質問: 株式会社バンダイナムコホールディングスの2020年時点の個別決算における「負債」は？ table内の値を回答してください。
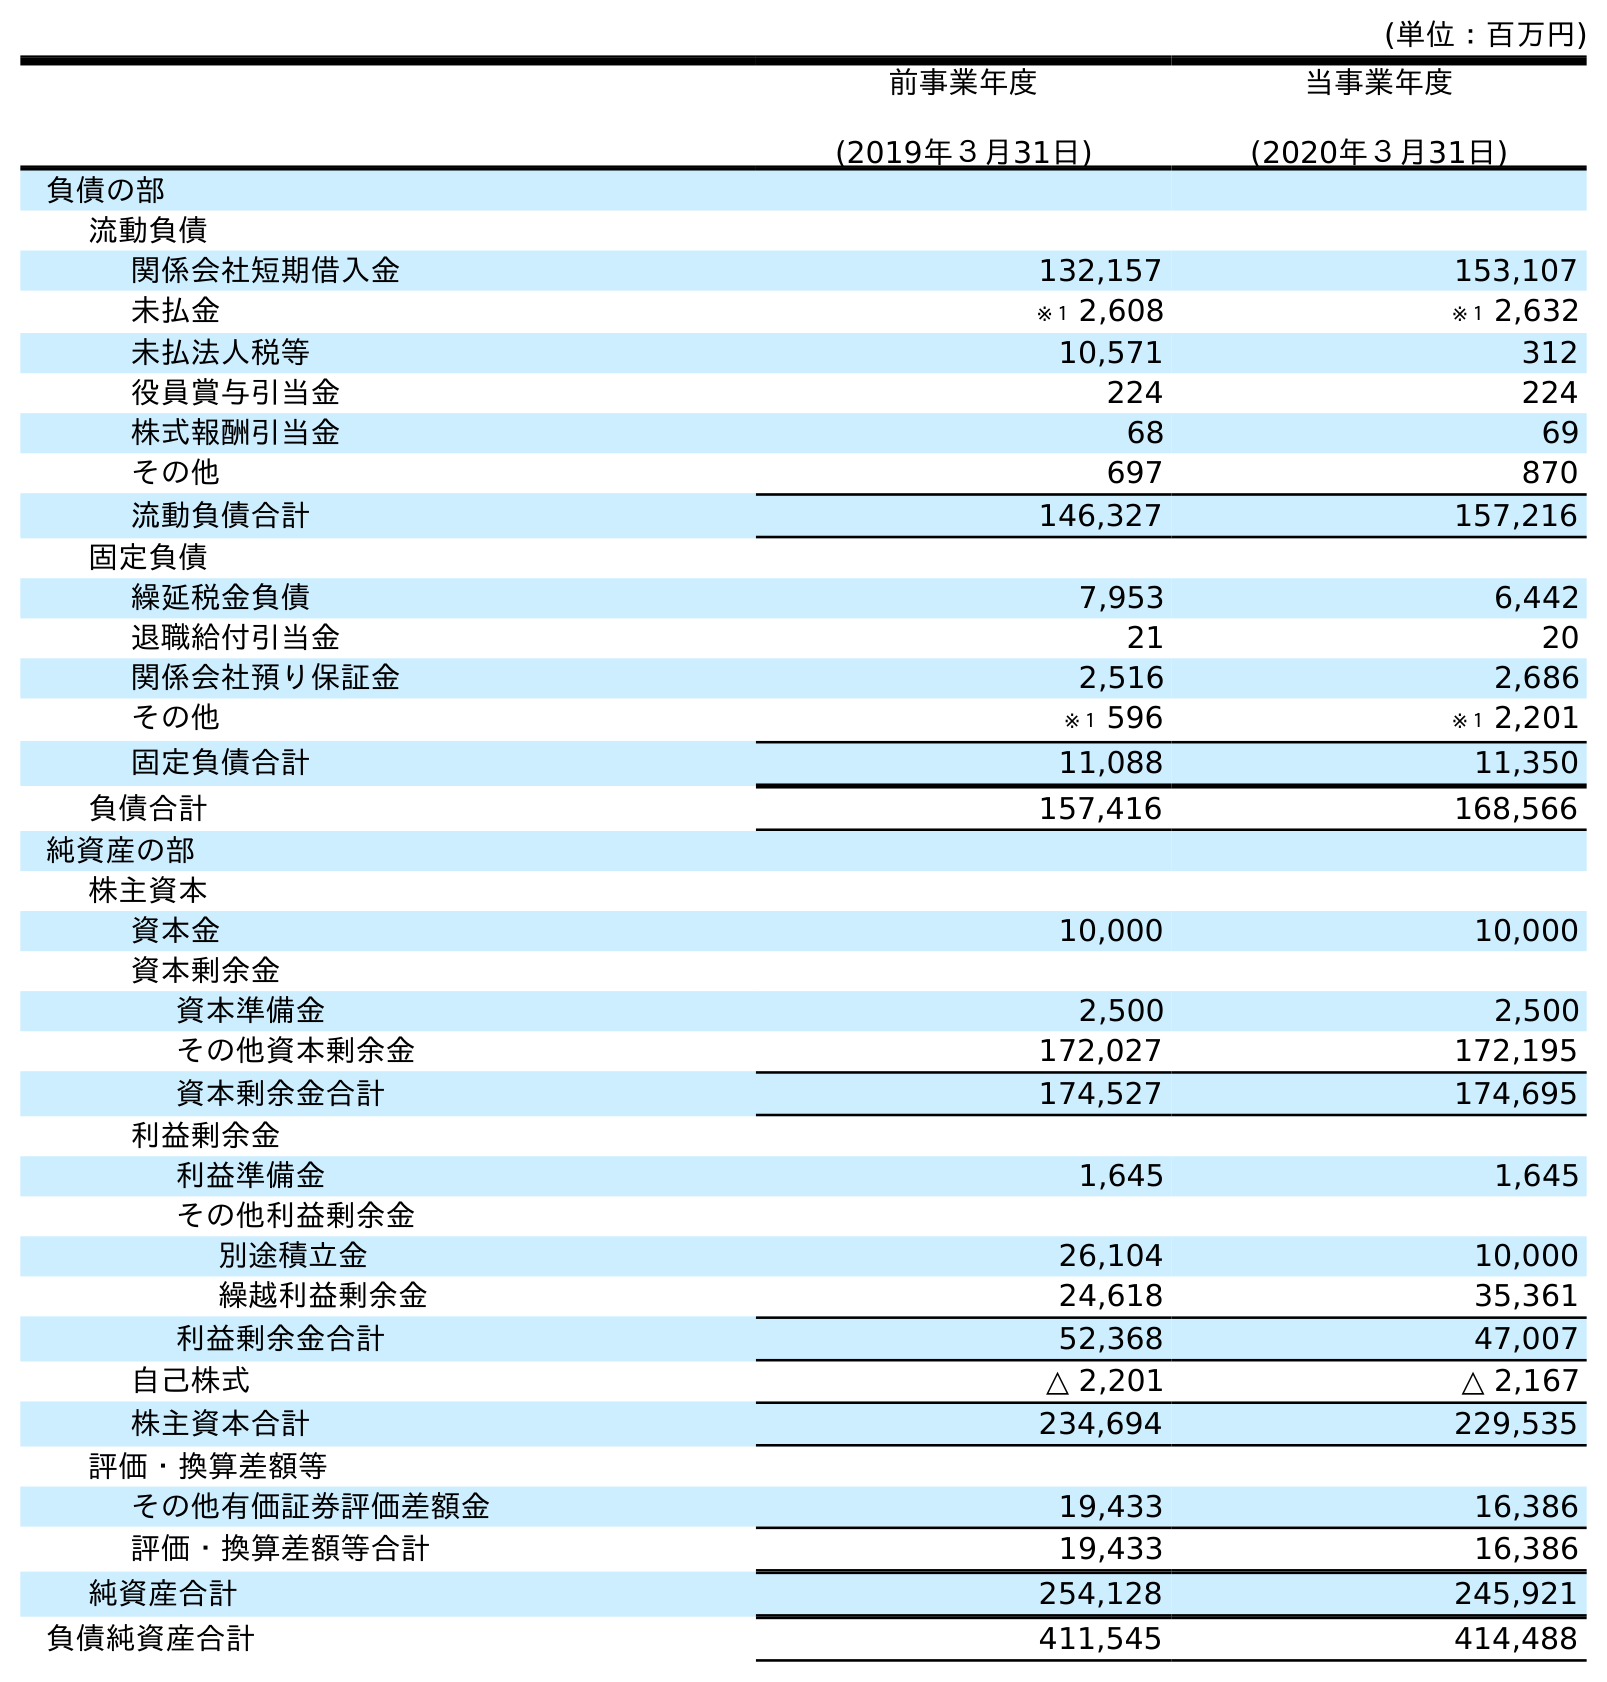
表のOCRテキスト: (単位：百万円) 前事業年度 (2019年３月31日) 当事業年度 (2020年３月31日) 負債の部 流動負債 関係会社短期借入金 132,157 153,107 未払金 ※１ 2,608 ※１ 2,632 未払法人税等 10,571 312 役員賞与引当金 224 224 株式報酬引当金 68 69 その他 697 870 流動負債合計 146,327 157,216 固定負債 繰延税金負債 7,953 6,442 退職給付引当金 21 20 関係会社預り保証金 2,516 2,686 その他 ※１ 596 ※１ 2,201 固定負債合計 11,088 11,350 負債合計 157,416 168,566 純資産の部 株主資本 資本金 10,000 10,000 資本剰余金 資本準備金 2,500 2,500 その他資本剰余金 172,027 172,195 資本剰余金合計 174,527 174,695 利益剰余金 利益準備金 1,645 1,645 その他利益剰余金 別途積立金 26,104 10,000 繰越利益剰余金 24,618 35,361 利益剰余金合計 52,368 47,007 自己株式 △ 2,201 △ 2,167 株主資本合計 234,694 229,535 評価・換算差額等 その他有価証券評価差額金 19,433 16,386 評価・換算差額等合計 19,433 16,386 純資産合計 254,128 245,921 負債純資産合計 411,545 414,488
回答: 168,566